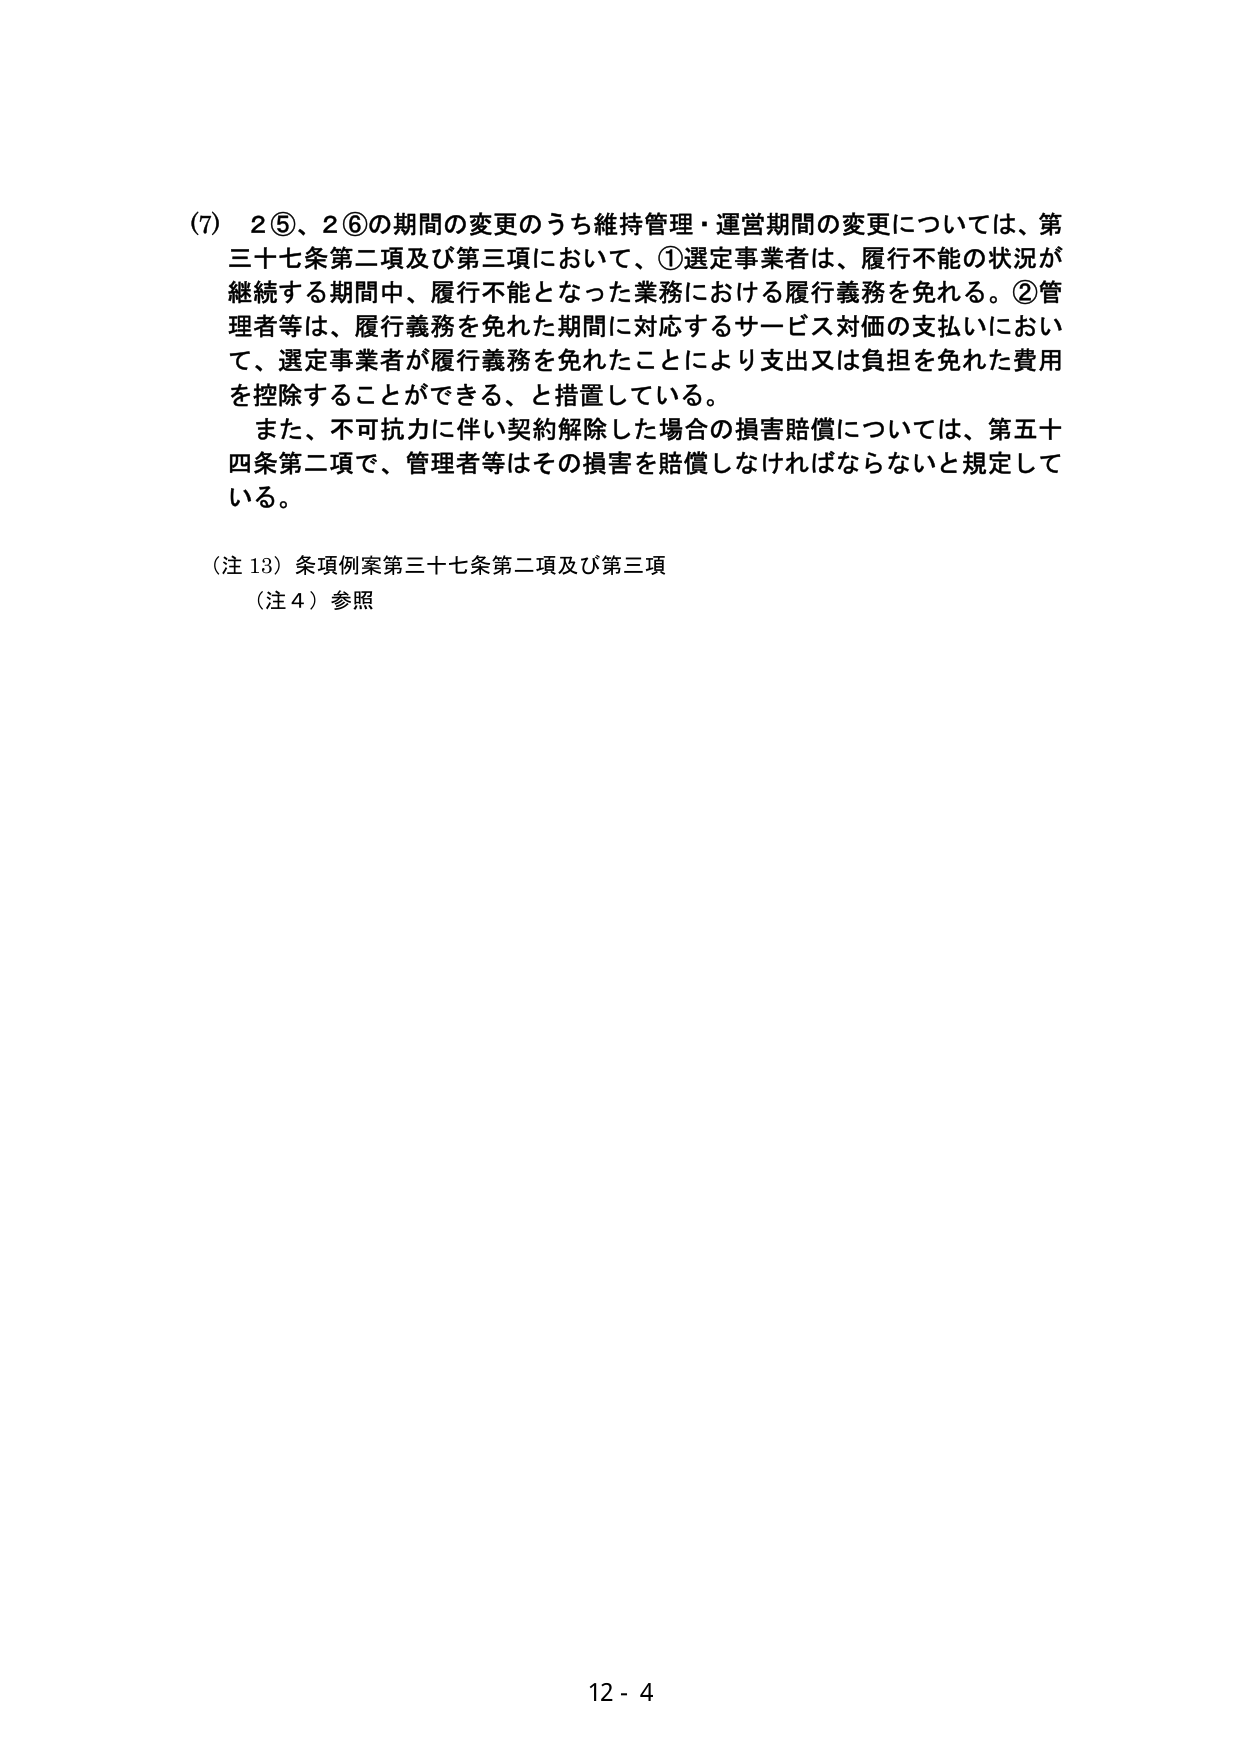
(7) 2⑤、2⑥の期間の変更のうち維持管理・運営期間の変更については、第三十七条第二項及び第三項において、①選定事業者は、履行不能の状況が継続する期間中、履行不能となった業務における履行義務を免れる。②管理者等は、履行義務を免れた期間に対応するサービス対価の支払いにおいて、選定事業者が履行義務を免れたことにより支出又は負担を免れた費用を控除することができる、と措置している。

また、不可抗力に伴い契約解除した場合の損害賠償については、第五十四条第二項で、管理者等はその損害を賠償しなければならないと規定している。

（注13）条項例案第三十七条第二項及び第三項
（注4）参照

12 - 4